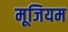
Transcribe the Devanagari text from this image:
मूजियम